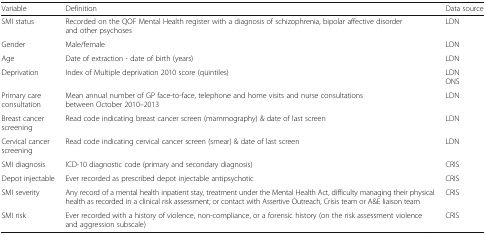
| Variable | Definition | Data source |
 | --- | --- | --- |
 | SMI status | Recorded on the QOF Mental Health register with a diagnosis of schizophrenia, bipolar affective disorder and other psychoses | LDN |
 | Gender | Male/female | LDN |
 | Age | Date of extraction - date of birth (years) | LDN |
 | Deprivation | Index of Multiple deprivation 2010 score (quintiles) | LDNONS |
 | Primary care consultation | Mean annual number of GP face-to-face, telephone and home visits and nurse consultations between October 2010–2013 | LDN |
 | Breast cancer screening | Read code indicating breast cancer screen (mammography) & date of last screen | LDN |
 | Cervical cancer screening | Read code indicating cervical cancer screen (smear) & date of last screen | LDN |
 | SMI diagnosis | ICD-10 diagnostic code (primary and secondary diagnosis) | CRIS |
 | Depot injectable | Ever recorded as prescribed depot injectable antipsychotic | CRIS |
 | SMI severity | Any record of a mental health inpatient stay, treatment under the Mental Health Act, difficulty managing their physical health as recorded in a clinical risk assessment; or contact with Assertive Outreach, Crisis team or A&E liaison team | CRIS |
 | SMI risk | Ever recorded with a history of violence, non-compliance, or a forensic history (on the risk assessment violence and aggression subscale) | CRIS |